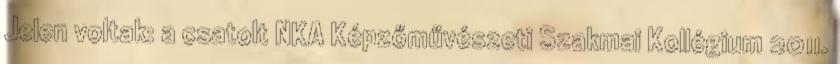
Jelen voltak: a csatolt NKA Képzőművészeti Szakmai Kollégium 2011.